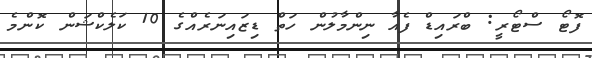
ފޮޓޯ ސްޓޯރީ: ބްރައިޑް ފެއާ ނިންމާލުން ހަތް ޑިޒައިނަރެއްގެ 10 ކަލެކްޝަން ކޮންމެ